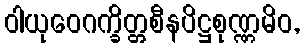
ဝါယုဝေဂက္ခိတ္တစီနပိဋ္ဌစုဏ္ဏမိဝ,